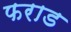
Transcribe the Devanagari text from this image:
फराड